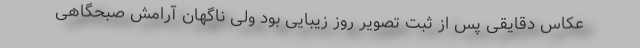
عکاس دقایقی پس از ثبت تصویر روز زیبایی بود ولی ناگهان آرامش صبحگاهی